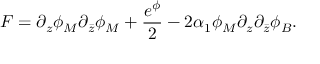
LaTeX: F = \partial _ { z } \phi _ { M } \partial _ { \bar { z } } \phi _ { M } + \frac { e ^ { \phi } } { 2 } - 2 \alpha _ { 1 } \phi _ { M } \partial _ { z } \partial _ { \bar { z } } \phi _ { B } .